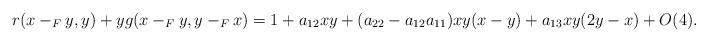
LaTeX: \begin{align*}r(x-_F y,y)+yg(x-_F y,y-_F x)=1+a_{12}xy+(a_{22}-a_{12}a_{11})xy(x-y)+a_{13}xy(2y-x)+O(4).\end{align*}